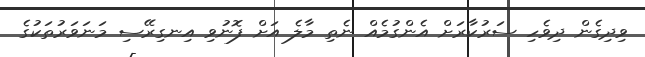
ވިދިގެން ދިވެހި ސަރުކާރަށް އެންގުމެއް ނެތި މާލެ އަށް ފޮނުވި އިނގިރޭސި މަނަވަރުތަކުގެ